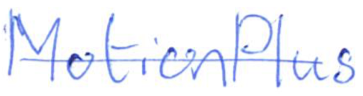
Text: MotionPlus
Cross-out: single-line
Writing tool: ballpoint